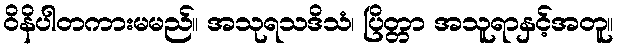
ဝိနိပါတကားမမည်။ အသုရသဒိသံ၊ ပြိတ္တာ အသူရာနှင့်အတူ။